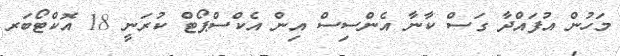
މަހުން އުފައްދާ ގަސް ކާނާ އެންސިސް އިން އެކްސްޕޯޓް ކުރަނީ 18 އޮކްޓޯބަރ